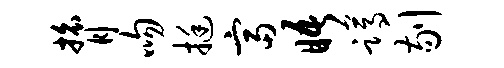
膂吻挺富晤蹲剔